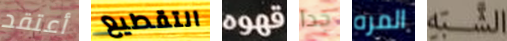
أعتقد التقطيع قهوه جدا المره الشبه